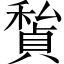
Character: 𥢅